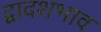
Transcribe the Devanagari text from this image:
द्वादशभाव